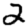
Digit: 2